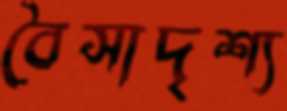
বৈসাদৃশ্য